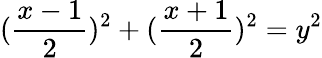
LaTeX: ({\frac{x-1}{2}})^{2}+({\frac{x+1}{2}})^{2}=y^{2}